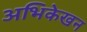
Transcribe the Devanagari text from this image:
अभिकेखन